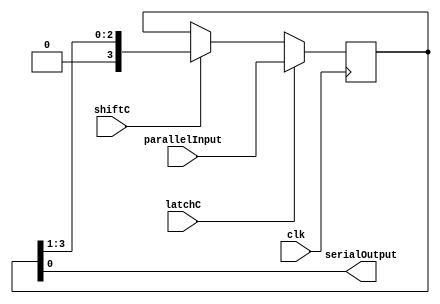
`timescale 1ns / 1ps
module ParallelInputSerialOutput(
    input [3:0]parallelInput,
    input latchC,
    input shiftC,
    input clk,
    output serialOutput
);

    reg [3:0]data;

    always@(posedge clk) begin
        if(latchC)begin
            data = parallelInput;
        end
        else if(shiftC) begin
            data = {1'b0, data[3:1]};
        end
    end

    assign serialOutput = data[0];

endmodule